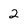
Character: 2